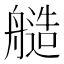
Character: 䒃